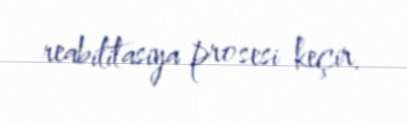
reabilitasiya prosesi keçir.